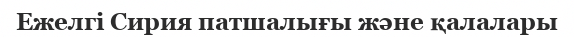
Ежелгі Сирия патшалығы және қалалары